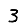
Digit: 3